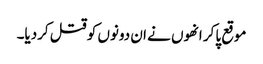
موقع پاکر انھوں نے ان دونوں کو قتل کردیا۔